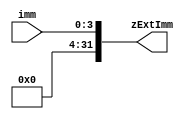
module zExt4to32bit( input [3:0] imm, output reg [31:0] zExtImm);
	always @ (imm)
	begin
		zExtImm={28'd0,imm};
	end
endmodule